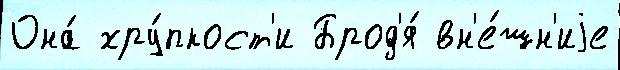
Она́ хру́пкост'и Брод'я́ вн'е́шн'иjе